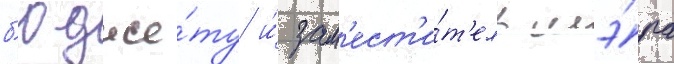
б'юдже́ту и́ зам'ест'и́т'ель мэ́ра